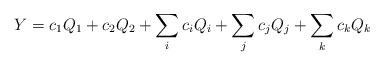
LaTeX: \begin{align*}Y=c_1Q_1+c_2Q_2+\sum_ic_iQ_i+\sum_jc_jQ_j+\sum_kc_kQ_k\end{align*}